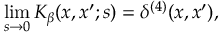
\operatorname * { l i m } _ { s \rightarrow 0 } K _ { \beta } ( x , x ^ { \prime } ; s ) = \delta ^ { ( 4 ) } ( x , x ^ { \prime } ) ,